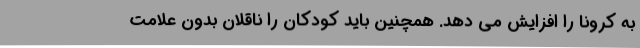
به کرونا را افزایش می دهد. همچنین باید کودکان را ناقلان بدون علامت